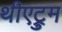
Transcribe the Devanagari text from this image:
थीएट्रुम